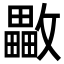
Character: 𣀡